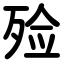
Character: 殓